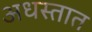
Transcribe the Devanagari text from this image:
अधस्तात